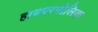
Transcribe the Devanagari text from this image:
हायपरगोलिक